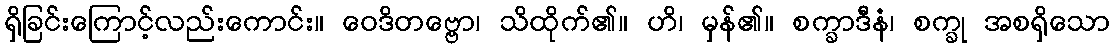
ရှိခြင်းကြောင့်လည်းကောင်း။ ဝေဒိတဗ္ဗော၊ သိထိုက်၏။ ဟိ၊ မှန်၏။ စက္ခာဒီနံ၊ စက္ခု အစရှိသော